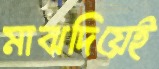
মাঝদিয়েই